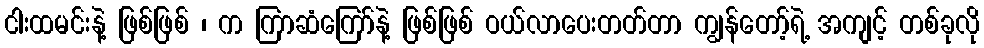
ငါးထမင်းနဲ့ ဖြစ်ဖြစ် ၊ က ကြာဆံကြော်နဲ့ ဖြစ်ဖြစ် ဝယ်လာပေးတတ်တာ ကျွန်တော့်ရဲ့ အကျင့် တစ်ခုလို